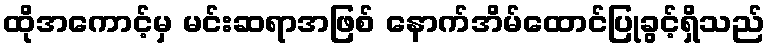
ထိုအကောင့်မှ မင်းဆရာအဖြစ် နောက်အိမ်ထောင်ပြုခွင့်ရှိသည်